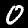
Label: 0